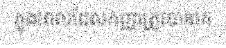
ក្នុងពេលដែលកញ្ញាត្រូវបានគេ